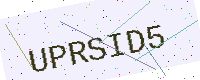
Text: UPRSID5